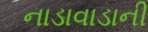
નાડાવાડાની